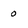
Character: 0